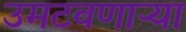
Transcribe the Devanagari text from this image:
उमटवणाऱ्या